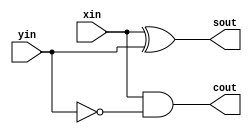
module HA2(// input
             xin, 
             yin, 
           
            // output  
             sout, 
             cout
            );
    
   input   xin; 
   input   yin;
   
   output  sout; 
   output  cout;
   
  // sum result
   assign sout = xin ^ yin;

  // carry result 
   assign cout = xin & ~yin;

endmodule